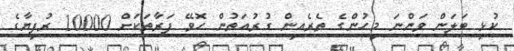
ކުޅި ބަލަން ވަންނަ މީހުންގެ ތެރެއިން ގުރުއަތުން ހޮވޭ ފަރާތަކަށް 10000 ރުފިޔާގެ